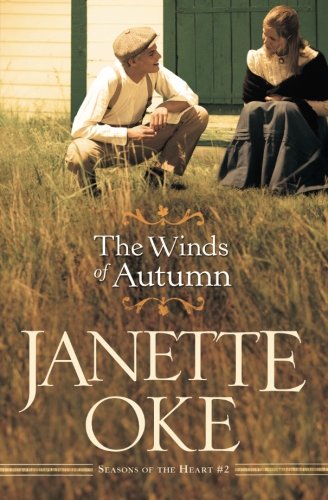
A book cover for The Winds of Autumn (Seasons of the Heart) (Volume 2); Janette Oke; Christian Books & Bibles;